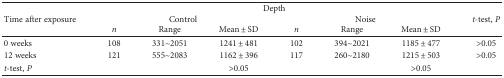
<table><thead><tr><td rowspan="3"><b>Time after exposure</b></td><td colspan="6"><b>Depth</b></td><td rowspan="3"><b><i>t</i>-test, <i>P</i></b></td></tr><tr><td colspan="3"><b>Control</b></td><td colspan="3"><b>Noise</b></td></tr><tr><td><b><i>n</i></b></td><td><b>Range</b></td><td><b>Mean ± SD</b></td><td><b><i>n</i></b></td><td><b>Range</b></td><td><b>Mean ± SD</b></td></tr></thead><tbody><tr><td>0 weeks</td><td>108</td><td>331~2051</td><td>1241 ± 481</td><td>102</td><td>394~2021</td><td>1185 ± 477</td><td>&gt;0.05</td></tr><tr><td>12 weeks</td><td>121</td><td>555~2083</td><td>1162 ± 396</td><td>117</td><td>260~2180</td><td>1215 ± 503</td><td>&gt;0.05</td></tr><tr><td><i>t</i>-test, <i>P</i></td><td>[EMPTY_CELL]</td><td>[EMPTY_CELL]</td><td>&gt;0.05</td><td>[EMPTY_CELL]</td><td>[EMPTY_CELL]</td><td>&gt;0.05</td><td>[EMPTY_CELL]</td></tr></tbody></table>